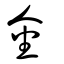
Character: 金